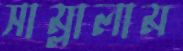
সাম্‌লালাম